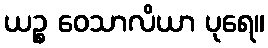
ယဉ္စ ဝေသာလိယာ ပုရေ။